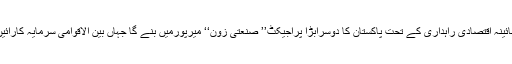
پاک چائینہ اقتصادی راہداری کے تحت پاکستان کا دوسرابڑا پراجیکٹ’’ صنعتی زون‘‘ میرپورمیں بنے گا جہاں بین الاقوامی سرمایہ کارآئیں گے۔